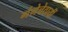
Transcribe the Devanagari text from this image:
गंगेचेठायीं